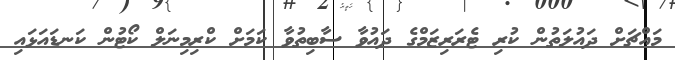
މައްޗަށް ދައުލަތުން ކުރި ޓެރަރިޒަމްގެ ދައުވާ ސާބިތުވާ ކަމަށް ކްރިމިނަލް ކޯޓުން ކަނޑައަޅައި